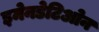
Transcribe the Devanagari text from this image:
इमेनडेटिओन